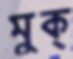
মুক্